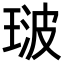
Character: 𭹢